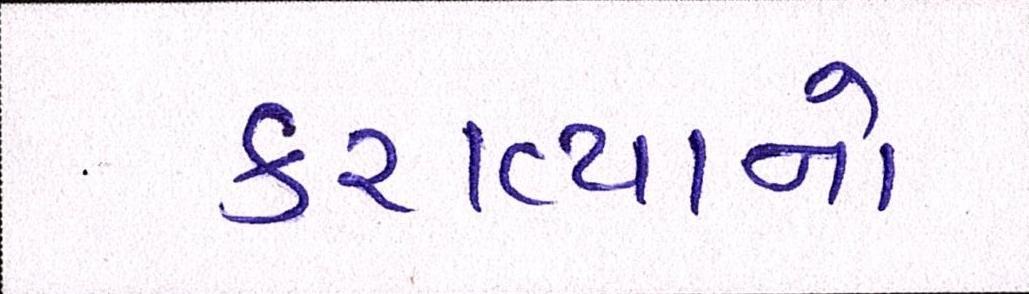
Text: કરાવ્યાનો